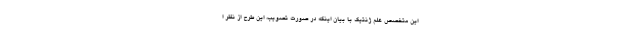
این متخصص علم ژنتیک با بیان اینکه در صورت تصویب، این طرح از نظر ا